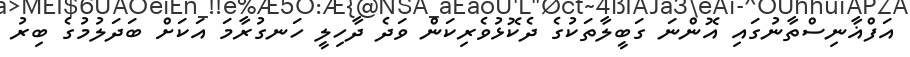
އަފްޣާނިސްތާނުގައި އޮންނަ ގަބީލާތަކުގެ ދެކޮޅުވެރިކަން ވަދެ ދާހިލީ ހަނގުރާމަ އަކަށް ބަދަލުމުގެ ބިރު